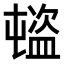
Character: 𥂉